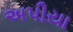
અપીયા